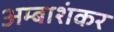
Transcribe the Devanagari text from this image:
अम्बाशंकर